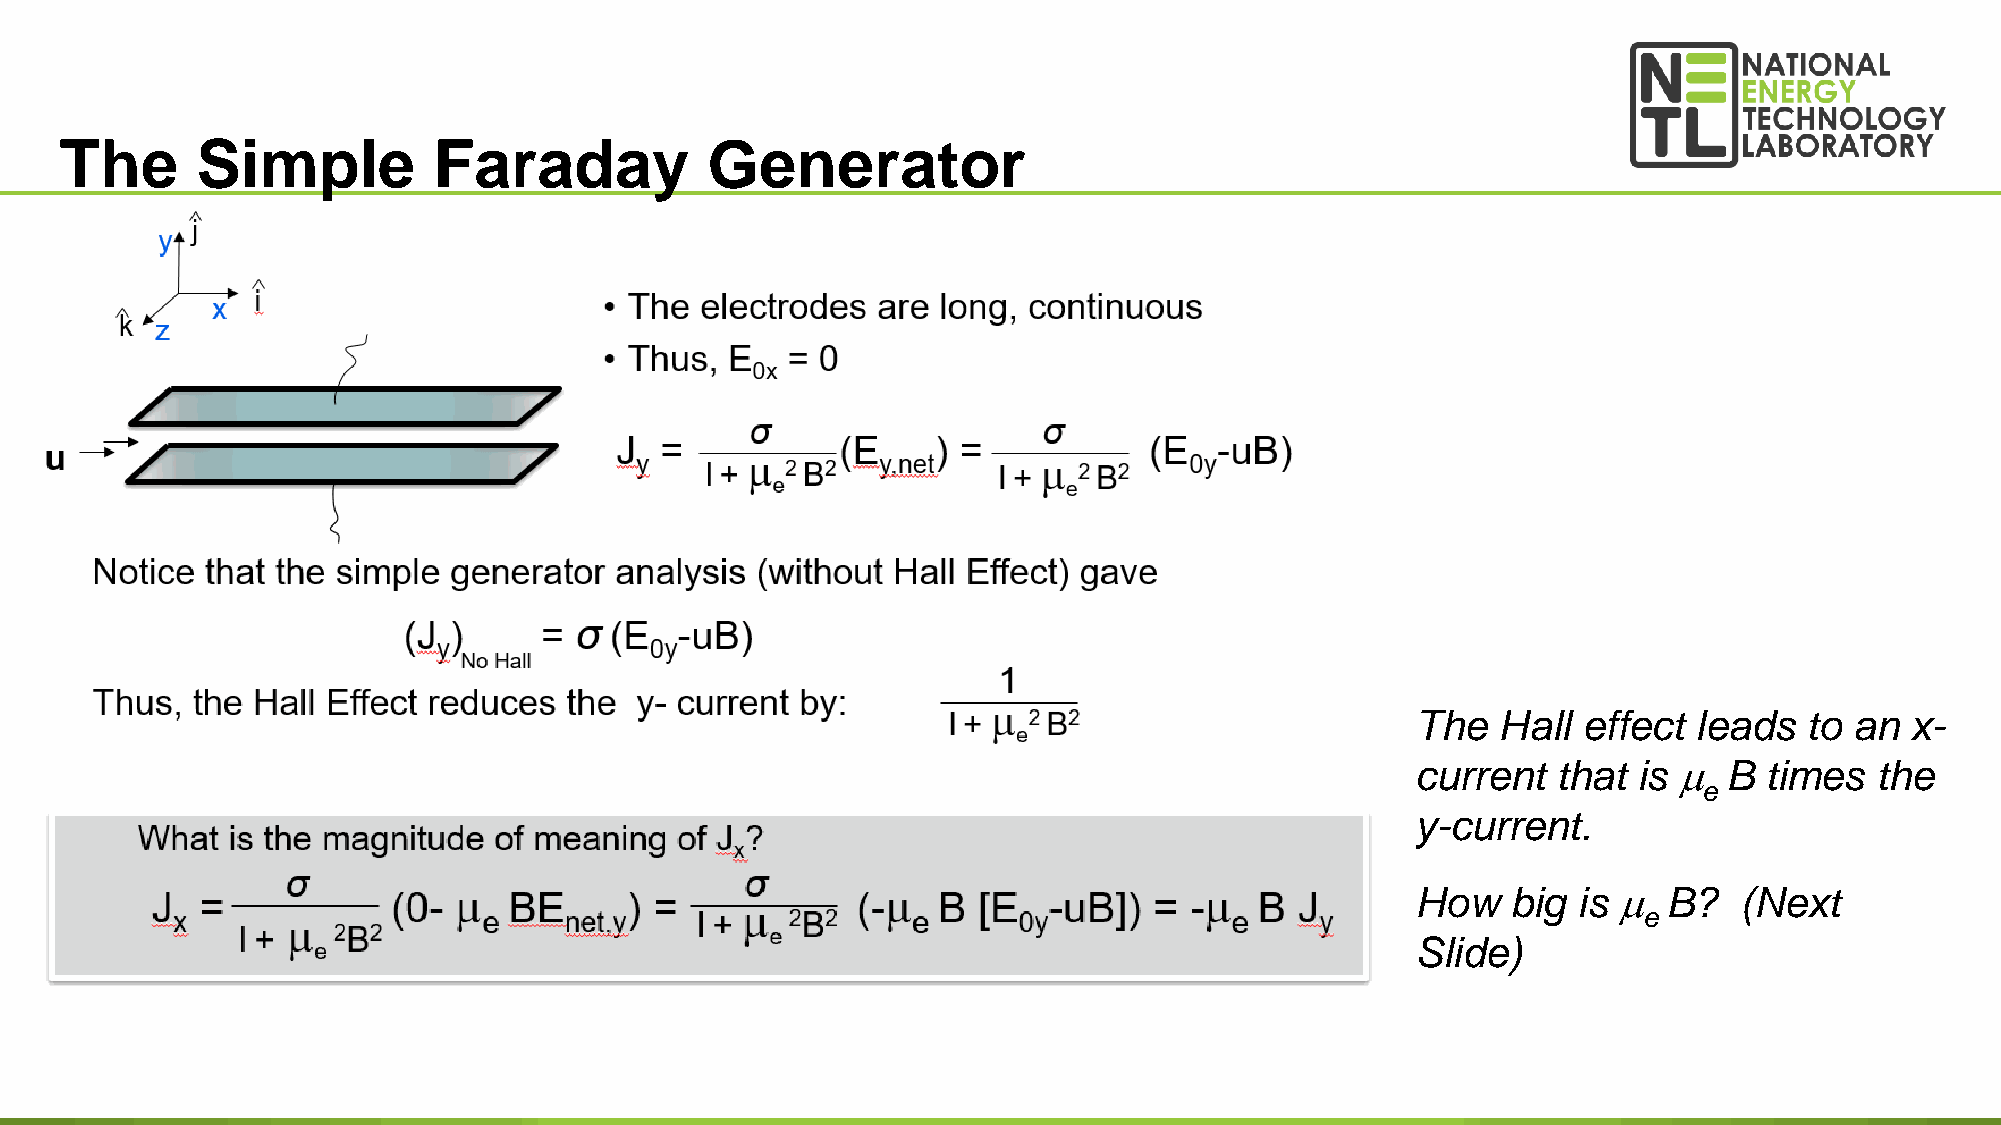
The      Simple          Faraday           Generator
 The  Hall  effect leads   to an x-
 current  that is   B  times  the
 e
 y-current.
 How   big is   B?   (Next
 e
 Slide)
 20